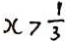
x > \frac { 1 } { 3 }